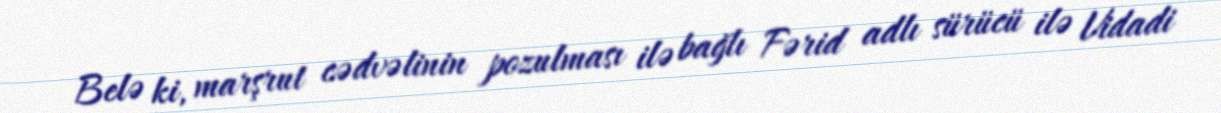
Belə ki, marşrut cədvəlinin pozulması ilə bağlı Fərid adlı sürücü ilə Vidadi